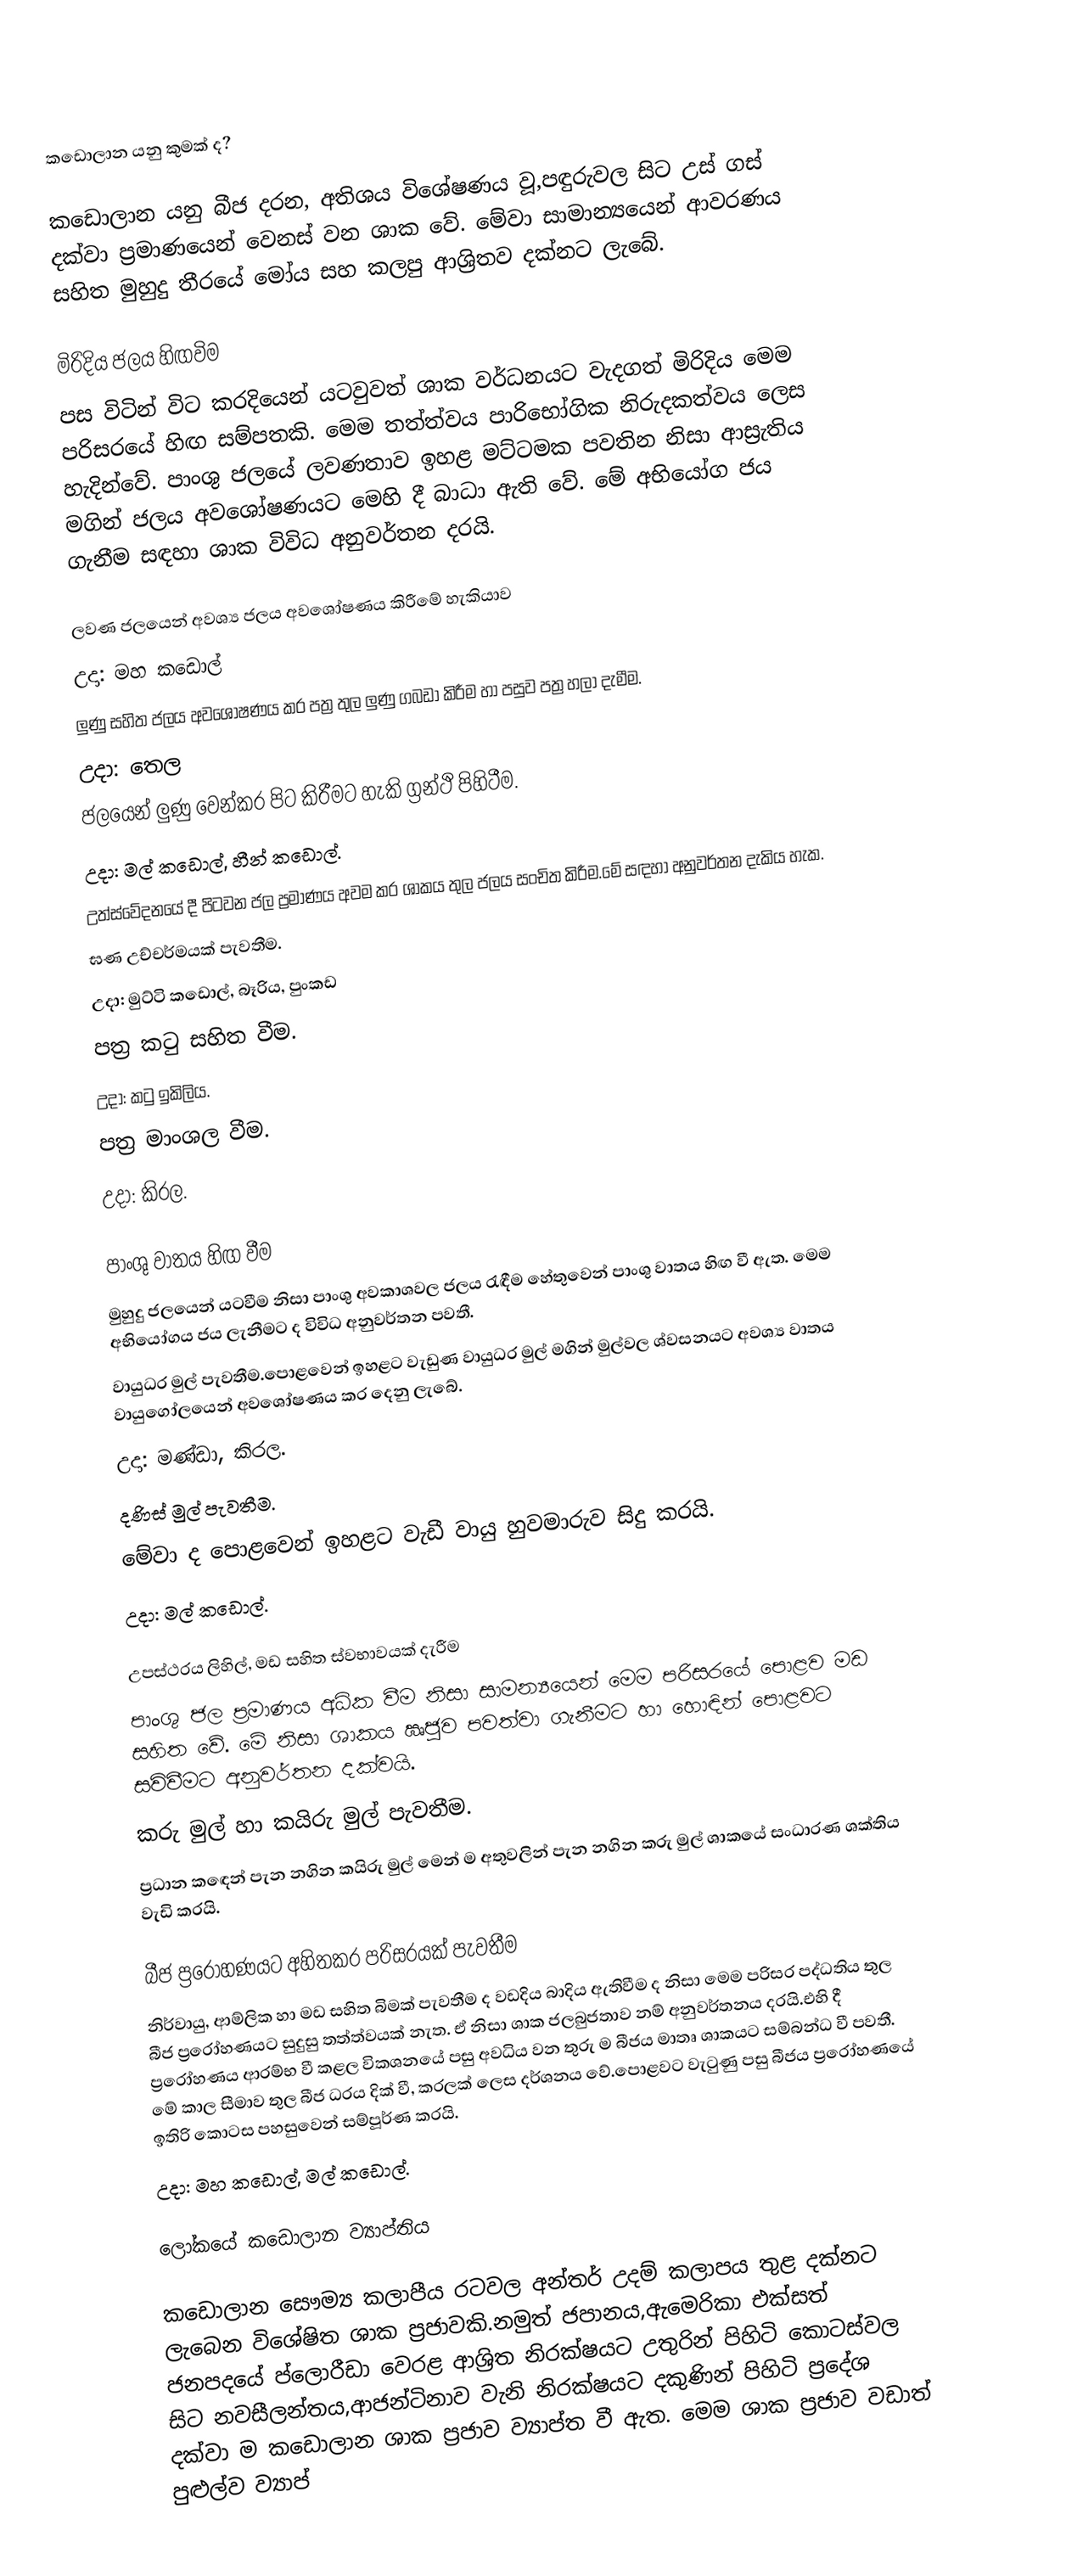

කඩොලාන යනු කුමක් ද?

කඩොලාන යනු බීජ දරන, අතිශය විශේෂණය වූ,පඳුරුවල සිට උස් ගස් දක්වා ප්‍රමාණයෙන් වෙනස් වන ශාක වේ. මේවා සාමාන්‍යයෙන් ආවරණය සහිත මුහුදු තීරයේ මෝය සහ කලපු ආශ්‍රිතව   දක්නට ලැබේ.

මිරිදිය ජලය හිඟවිම
පස විටින් විට කරදියෙන් යටවුවත් ශාක වර්ධනයට වැදගත් මිරිදිය මෙම පරිසරයේ හිඟ සම්පතකි. මෙම තත්ත්වය පාරිභෝගික නිරුදකත්වය ලෙස හැදින්වේ. පාංශු ජලයේ ලවණතාව ඉහළ මට්ටමක පවතින නිසා ආස්‍රැතිය මගින් ජලය අවශෝෂණයට මෙහි දී බාධා ඇති වේ. මේ අභියෝග ජය ගැනීම සඳහා ශාක විවිධ අනුවර්තන දරයි.

 ලවණ ජලයෙන් අවශ්‍ය ජලය අවශෝෂණය කිරීමේ හැකියාව
උදා: මහ කඩොල්
ලුණු සහිත ජලය අවශෝෂණය කර පත්‍ර තුල ලුණු ගබඩා කිරීම හා පසුව පත්‍ර හලා දැමීම.
උදා: තෙල
ජලයෙන් ලුණු වෙන්කර පිට කිරීමට හැකි ග්‍රන්ථි පිහිටීම.
උදා: මල් කඩොල්, හීන් කඩොල්.
උත්ස්වේදනයේ දී පිටවන ජල ප්‍රමාණය අවම කර ශාකය තුල  ජලය සංචිත කිරීම.මේ සඳහා අනුවර්තන දැකිය හැක.
ඝණ උච්චර්මයක් පැවතීම.
උදා: මුට්ටි කඩොල්, බෑරිය, පුංකඩ
පත්‍ර කටු සහිත වීම.
උදා: කටු ඉකිලිය.
පත්‍ර මාංශල වීම.
උදා: කිරල.

පාංශු වාතය හිඟ වීම
මුහුදු ජලයෙන් යටවීම නිසා පාංශු අවකාශවල ජලය රැඳීම හේතුවෙන් පාංශු වාතය හිඟ වී ඇත. මෙම අභියෝගය ජය ලැනීමට ද විවිධ අනුවර්තන පවතී.
වායුධර මුල් පැවතීම.පොළවෙන් ඉහළට වැඩුණ වායුධර මුල් මගින් මුල්වල ශ්වසනයට අවශ්‍ය වාතය වායුගෝලයෙන් අවශෝෂණය කර දෙනු ලැබේ.
උදා: මණ්ඩා, කිරල.
දණිස් මුල් පැවතීම.
මේවා ද පොළවෙන් ඉහළට වැඩී වායු හුවමාරුව සිදු කරයි.
උදා: මල් කඩොල්.

උපස්ථරය ලිහිල්, මඩ සහිත ස්වභාවයක් දැරීම
පාංශු ජල ප්‍රමාණය අධික වීම නිසා සාමන්‍යයෙන් මෙම පරිසරයේ පොළව මඩ සහිත වේ. මේ නිසා ශාකය ඍජුව පවත්වා ගැනීමට හා හොඳින් පොළවට සවිවීමට අනුවර්තන දක්වයි.
කරු මුල් හා කයිරු මුල් පැවතීම.
ප්‍රධාන කඳෙන් පැන නගින කයිරු මුල් මෙන් ම අතුවලින් පැන නගින කරු මුල් ශාකයේ සංධාරණ ශක්තිය වැඩි කරයි.

බීජ ප්‍රරෝහණයට අහිතකර පරිසරයක් පැවතීම
නිර්වායු, ආම්ලික හා මඩ සහිත බිමක් පැවතීම ද වඩදිය බාදිය ඇතිවීම ද නිසා මෙම පරිසර පද්ධතිය තුල බීජ ප්‍රරෝහණයට සුදුසු තත්ත්වයක් නැත. ඒ නිසා ශාක ජලබුජතාව නම් අනුවර්තනය දරයි.එහි දී ප්‍රරෝහණය ආරම්භ වී කළල විකශනයේ පසු අවධිය වන තුරු ම බීජය මාතෘ ශාකයට සම්බන්ධ වී පවතී. මේ කාල සීමාව තුල බීජ ධරය දික් වී, කරලක් ලෙස දර්ශනය වේ.පොළවට වැටුණු පසු බීජය ප්‍රරෝහණයේ ඉතිරි කොටස පහසුවෙන් සම්පූර්ණ කරයි.
උදා: මහ කඩොල්, මල් කඩොල්.

ලෝකයේ කඩොලාන ව්‍යාප්තිය

	 කඩොලාන සෞම්‍ය කලාපීය රටවල අන්තර් උදම් කලාපය තුළ දක්නට ලැබෙන විශේෂිත ශාක ප්‍රජාවකි.නමුත් ජපානය,ඇමෙරිකා එක්සත් ජනපදයේ ප්ලොරීඩා වෙරළ ආශ්‍රිත නිරක්ෂයට උතුරින් පිහිටි කොටස්වල සිට නවසීලන්තය,ආජන්ටිනාව වැනි නිරක්ෂයට දකුණින් පිහිටි ප්‍රදේශ දක්වා ම කඩොලාන ශාක ප්‍රජාව ව්‍යාප්ත වී ඇත. මෙම ශාක ප්‍රජාව වඩාත් පුළුල්ව ව්‍යාප්